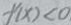
f ^ { \prime } ( x ) < 0